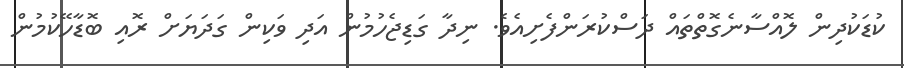
ކުޑަކުދިން ލޮއްސާނެގޮތްތައް ދަސްކުރަންފެށިއެވެ. ނިދާ ގަޑިޖެހުމުން އަދި ވަކިން ގަދަޔަށް ރޮއި ބޮޑާހޭކުމުން